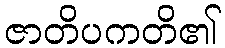
ဇာတိပကတိ၏